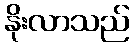
နိုးလာသည်